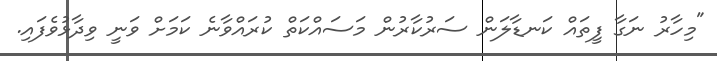
"މިހާރު ނަގާ ފީތައް ކަނޑާލަން ސަރުކާރުން މަސައްކަތް ކުރައްވާނެ ކަމަށް ވަނީ ވިދާޅުވެފައި.